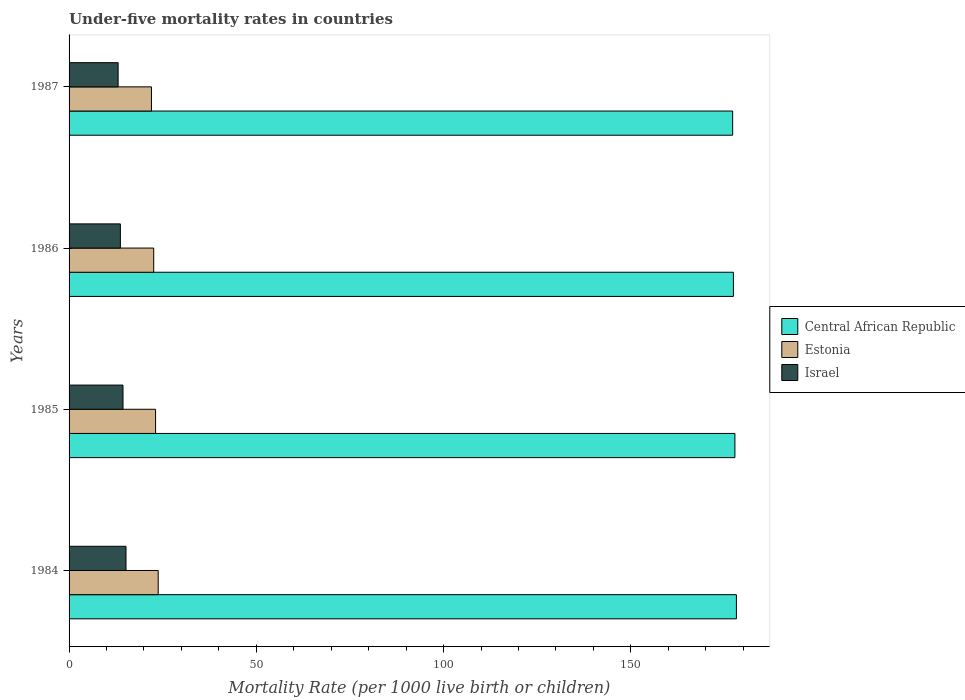
| Years | Central African Republic | Estonia | Israel |
 | --- | --- | --- | --- |
 | 1984 | 178 | 23.8 | 15.2 |
 | 1985 | 178 | 23.1 | 14.4 |
 | 1986 | 177 | 22.6 | 13.7 |
 | 1987 | 177 | 22 | 13.1 |